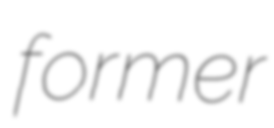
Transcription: former